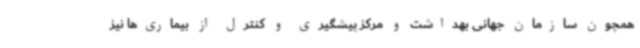
همچون سازمان جهانی بهداشت و مرکز پیشگیری و کنترل از بیماری‌ها نیز